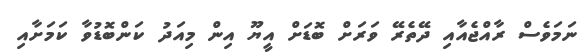
ނަމަވެސް ރާއްޖެއާއި ދޭތެރޭ ވަރަށް ބޮޑަށް އީޔޫ އިން މިއަދު ކަންބޮޑުވާ ކަމަށާއި